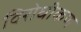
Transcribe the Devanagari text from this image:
विरोधीकण